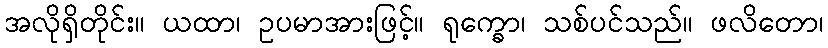
အလိုရှိတိုင်း။ ယထာ၊ ဥပမာအားဖြင့်။ ရုက္ခော၊ သစ်ပင်သည်။ ဖလိတော၊